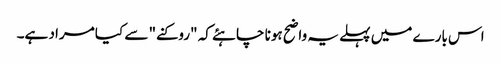
اس بارے میں پہلے یہ واضح ہونا چاہئے کہ "روکنے" سے کیا مراد ہے۔